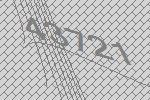
43721